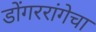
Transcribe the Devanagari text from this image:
डोंगररांगेचा